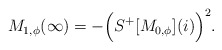
\begin{align*}M_{1,\phi}(\infty)=- \Big(S^+[M_{0,\phi}](i)\Big)^2.\end{align*}